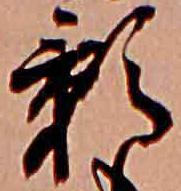
影